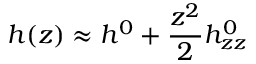
h ( z ) \approx h ^ { 0 } + \frac { z ^ { 2 } } 2 h _ { z z } ^ { 0 }